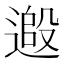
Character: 𨕵